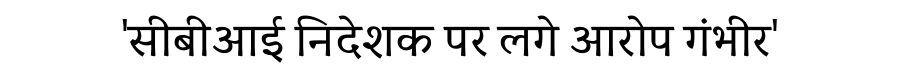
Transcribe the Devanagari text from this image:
'सीबीआई निदेशक पर लगे आरोप गंभीर'